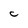
Character: C